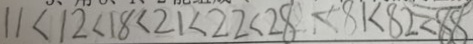
1 1 < 1 2 < 1 8 < 2 1 < 2 2 < 2 8 < 8 1 < 8 2 < 8 8